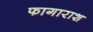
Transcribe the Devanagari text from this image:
फागाराश